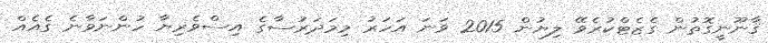
ޤާނޫނީގޮތުން ގެޒެޓްކުރެވޭ ލިޔުން 2015 ވަނަ އަހަރު މިމަދަރުސާގެ އިސްވެރިޔާ ހުންނަވާނެ ގެއެއް